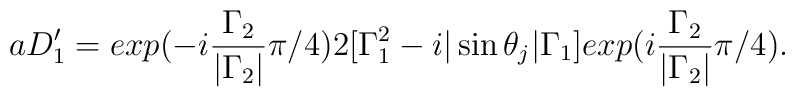
aD'_1=exp(-i\frac{{\Gamma}_2}{|{\Gamma}_2|}{\pi}/4)2[{\Gamma}_1^2 -i|\sin{\theta}_j|{\Gamma}_1]exp(i\frac{{\Gamma}_2}{|{\Gamma}_2|}{\pi}/4).